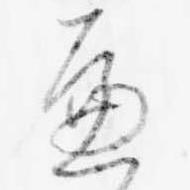
へ